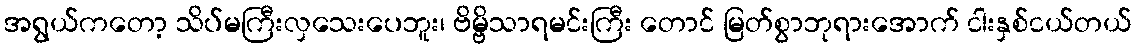
အရွယ်ကတော့ သိပ်မကြီးလှသေးပေဘူး၊ ဗိမ္ဗိသာရမင်းကြီး တောင် မြတ်စွာဘုရားအောက် ငါးနှစ်ငယ်တယ်